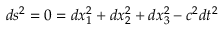
d s ^ { 2 } = 0 = d x _ { 1 } ^ { 2 } + d x _ { 2 } ^ { 2 } + d x _ { 3 } ^ { 2 } - c ^ { 2 } d t ^ { 2 }